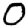
Digit: 0